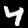
Digit: 4